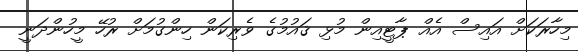
މިހާރަކަށް އައިސް އެއް ޕާޓީއިން މުޅި ޤައުމުގެ ވެރިކަން ހިންގުމަށް ރުހޭ މީހުންދަނީ